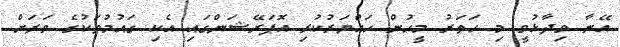
އޭނާ ވިދާޅުވީ މި ހަތަރު މީހުން ހައްޔަރުކުރި އޮޕަރޭޝަންގައި އެކި ގައުމުތަކުގެ ވަރަށް